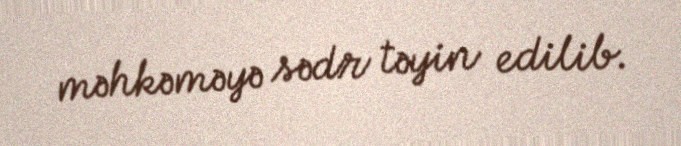
məhkəməyə sədr təyin edilib.